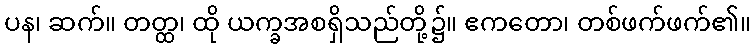
ပန၊ ဆက်။ တတ္ထ၊ ထို ယက္ခအစရှိသည်တို့၌။ ဧကတော၊ တစ်ဖက်ဖက်၏။